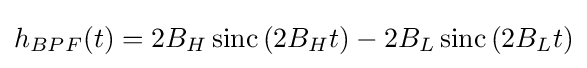
h_{BPF}(t)=2B_{H}\operatorname {sinc} \left(2B_{H}t\right)-2B_{L}\operatorname {sinc} \left(2B_{L}t\right)